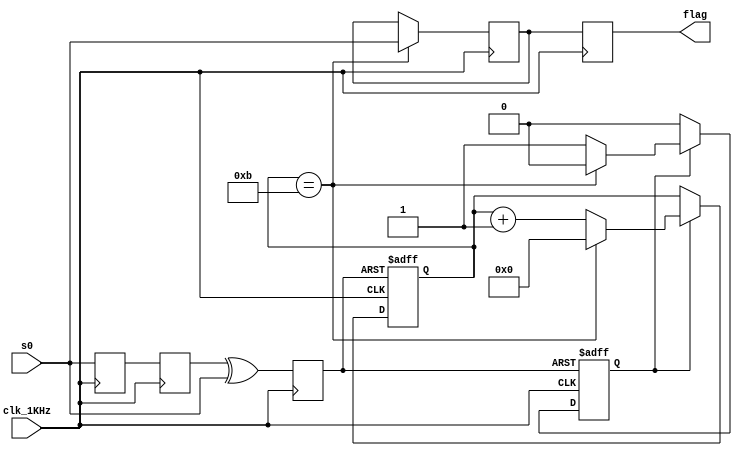
`timescale 1ns / 1ps
//////////////////////////////////////////////////////////////////////////////////
// Company: 
// Engineer: 
// 
// Design Name: 
// Module Name: key_filter
// Project Name: 
// Target Devices: 
// Tool Versions: 
// Description: 
// 
// Dependencies: 
// 
// Revision:
// Revision 0.01 - File Created
// Additional Comments:
// 
//////////////////////////////////////////////////////////////////////////////////
module key_filter(
    input clk_1KHz,
    input s0,
    output reg flag
    );
    
    reg [4:0] cnt_20ms = 0;
    reg reg_1;
    reg reg_2;
    reg change; 
    reg start_count = 1'b0;
    reg temp = 0;
    
    assign in = s0;
    
    always @ (posedge clk_1KHz) begin
        reg_1 <= s0;
        reg_2 <= reg_1;
        change <= reg_2^s0;      //
        end
        
    always @ (posedge clk_1KHz or posedge change) begin
        if(change == 1'b1) begin
            start_count <= 1'b1;
            cnt_20ms <= 5'b00000;
        end
        else if(clk_1KHz == 1'b1)begin
            if(start_count) begin
                if(cnt_20ms == 5'b01011) begin
                    start_count <= 1'b0;
                    cnt_20ms <= 5'b00000;
                    end
                else
                    cnt_20ms <= cnt_20ms + 1;
            end
        end
        else;
    end

    always @ (posedge clk_1KHz) begin
        if(cnt_20ms == 5'b01011) begin
            temp <= s0;
            flag <= temp;
        end
        else
            flag <= temp;
    end
    
endmodule